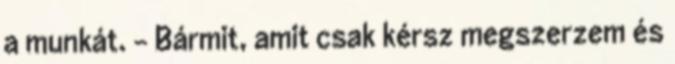
a munkát. - Bármit, amit csak kérsz megszerzem és